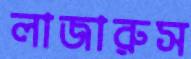
লাজারুস